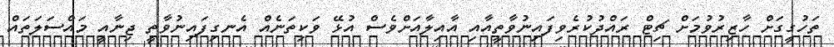
ތަހުގީގަށް ހާޒިރުވުމަށް ޗިޓް ރައްދުކުރެވިފައިނުވާތީއާއި އާއިލާއަށްވެސް އުޅޭ ވަކިތަނެއް އެނގިފައިނުވާތީ ޖިނާއީ މައްސަލަތައް